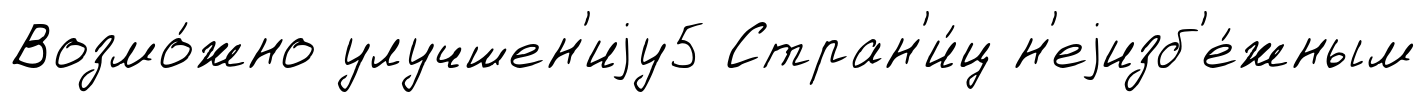
Возмо́жно улучшен'иjу5 Стран'и́ц н'еjизб'е́жным